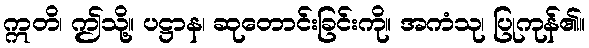
ဣတိ၊ ဤသို့။ ပဋ္ဌာန၊ ဆုတောင်းခြင်းကို။ အကံသု၊ ပြုကုန်၏။